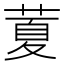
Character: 𦷜